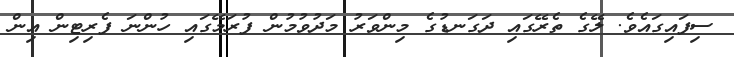
ސިފައިގައެވެ. ލޭގެ ތެރޭގައި ދަގަނޑުގެ މިންވަރު މަދުވުމުން ފުރަމޭގައި ހުންނަ ފެރިޓިން އިން